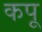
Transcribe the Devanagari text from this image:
कपू